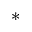
^ { * }